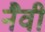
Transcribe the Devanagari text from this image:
नैवी